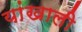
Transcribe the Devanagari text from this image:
यांखाली